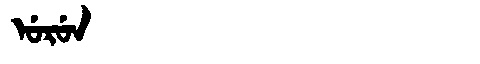
Manchu: ᡠᡵᡠᠨ
Romanization: URUN